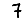
Digit: 7